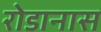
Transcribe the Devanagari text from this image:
रोडानास